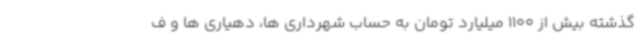
گذشته بیش از 1100 میلیارد تومان به حساب شهرداری ها، دهیاری ها و ف